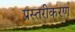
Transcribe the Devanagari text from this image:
प्रस्तरीकरण